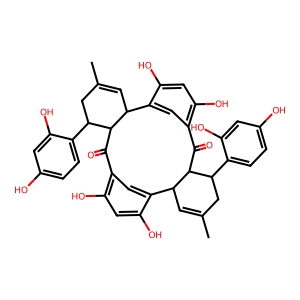
SMILES: CC1=CC2c3cc(c(O)cc3O)C(=O)C3C(C=C(C)CC3c3ccc(O)cc3O)c3cc(c(O)cc3O)C(=O)C2C(c2ccc(O)cc2O)C1
Inhibits HIV replication: No